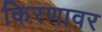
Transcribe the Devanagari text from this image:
किरणावर